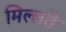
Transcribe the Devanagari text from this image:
मिल्लते